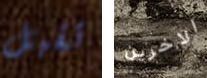
تقبل الاخرين